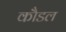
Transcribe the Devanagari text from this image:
कौडल